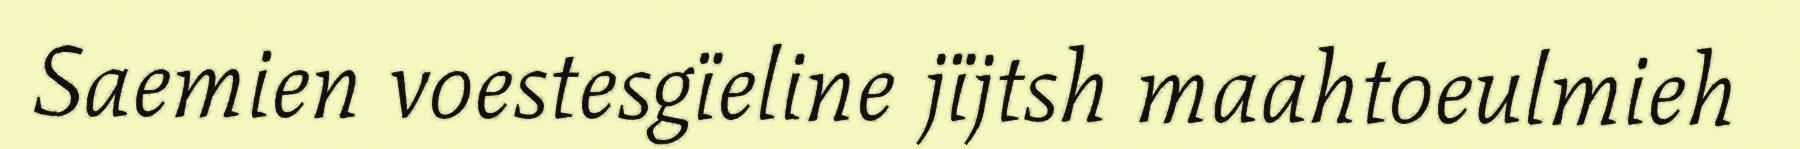
Saemien voestesgïeline jïjtsh maahtoeulmieh